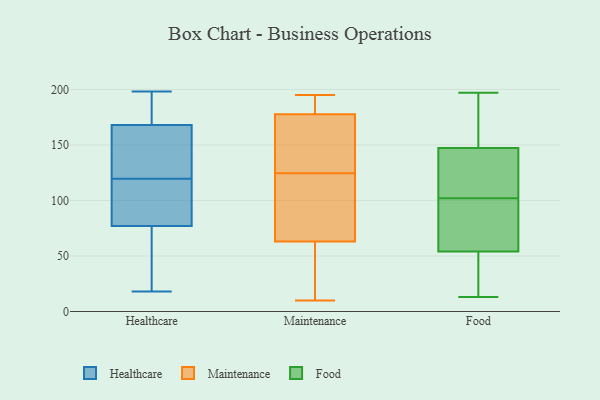
{"axis": {"x": "Page Views", "y": "Value"}, "legend": ["Food", "Healthcare", "Maintenance"], "data": [{"x": "", "y": 138, "type": "Healthcare"}, {"x": "", "y": 93, "type": "Healthcare"}, {"x": "", "y": 18, "type": "Healthcare"}, {"x": "", "y": 168, "type": "Healthcare"}, {"x": "", "y": 195, "type": "Healthcare"}, {"x": "", "y": 48, "type": "Healthcare"}, {"x": "", "y": 126, "type": "Healthcare"}, {"x": "", "y": 198, "type": "Healthcare"}, {"x": "", "y": 77, "type": "Healthcare"}, {"x": "", "y": 113, "type": "Healthcare"}, {"x": "", "y": 195, "type": "Maintenance"}, {"x": "", "y": 10, "type": "Maintenance"}, {"x": "", "y": 55, "type": "Maintenance"}, {"x": "", "y": 168, "type": "Maintenance"}, {"x": "", "y": 187, "type": "Maintenance"}, {"x": "", "y": 133, "type": "Maintenance"}, {"x": "", "y": 116, "type": "Maintenance"}, {"x": "", "y": 189, "type": "Maintenance"}, {"x": "", "y": 76, "type": "Maintenance"}, {"x": "", "y": 71, "type": "Maintenance"}, {"x": "", "y": 13, "type": "Maintenance"}, {"x": "", "y": 160, "type": "Maintenance"}, {"x": "", "y": 40, "type": "Food"}, {"x": "", "y": 57, "type": "Food"}, {"x": "", "y": 89, "type": "Food"}, {"x": "", "y": 187, "type": "Food"}, {"x": "", "y": 45, "type": "Food"}, {"x": "", "y": 136, "type": "Food"}, {"x": "", "y": 197, "type": "Food"}, {"x": "", "y": 62, "type": "Food"}, {"x": "", "y": 147, "type": "Food"}, {"x": "", "y": 13, "type": "Food"}, {"x": "", "y": 102, "type": "Food"}, {"x": "", "y": 28, "type": "Food"}, {"x": "", "y": 183, "type": "Food"}, {"x": "", "y": 130, "type": "Food"}, {"x": "", "y": 96, "type": "Food"}, {"x": "", "y": 148, "type": "Food"}, {"x": "", "y": 113, "type": "Food"}]}